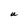
Character: U